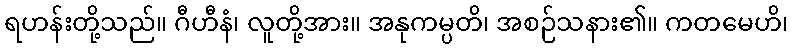
ရဟန်းတို့သည်။ ဂီဟီနံ၊ လူတို့အား။ အနုကမ္ပတိ၊ အစဉ်သနား၏။ ကတမေဟိ၊